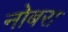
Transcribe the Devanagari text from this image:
नोबरा